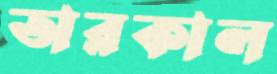
তারকাল